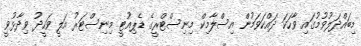
މިބައްދަލުވުމުގައި ވާހަކަ ދައްކަވަމުން އިސްލާމިކް މިނިސްޓްރީގެ ޑެޕިއުޓީ މިނިސްޓަރު އަލީ ވަހީދު ވިދާޅުވީ